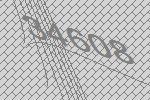
34608